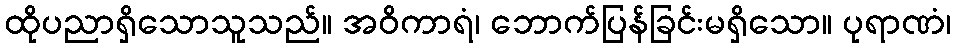
ထိုပညာရှိသောသူသည်။ အဝိကာရံ၊ ဘောက်ပြန်ခြင်းမရှိသော။ ပုရာဏံ၊